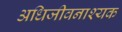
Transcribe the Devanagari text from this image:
अधिजीवनाश्यक